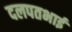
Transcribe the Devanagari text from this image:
दलपतभाई